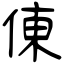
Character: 倲